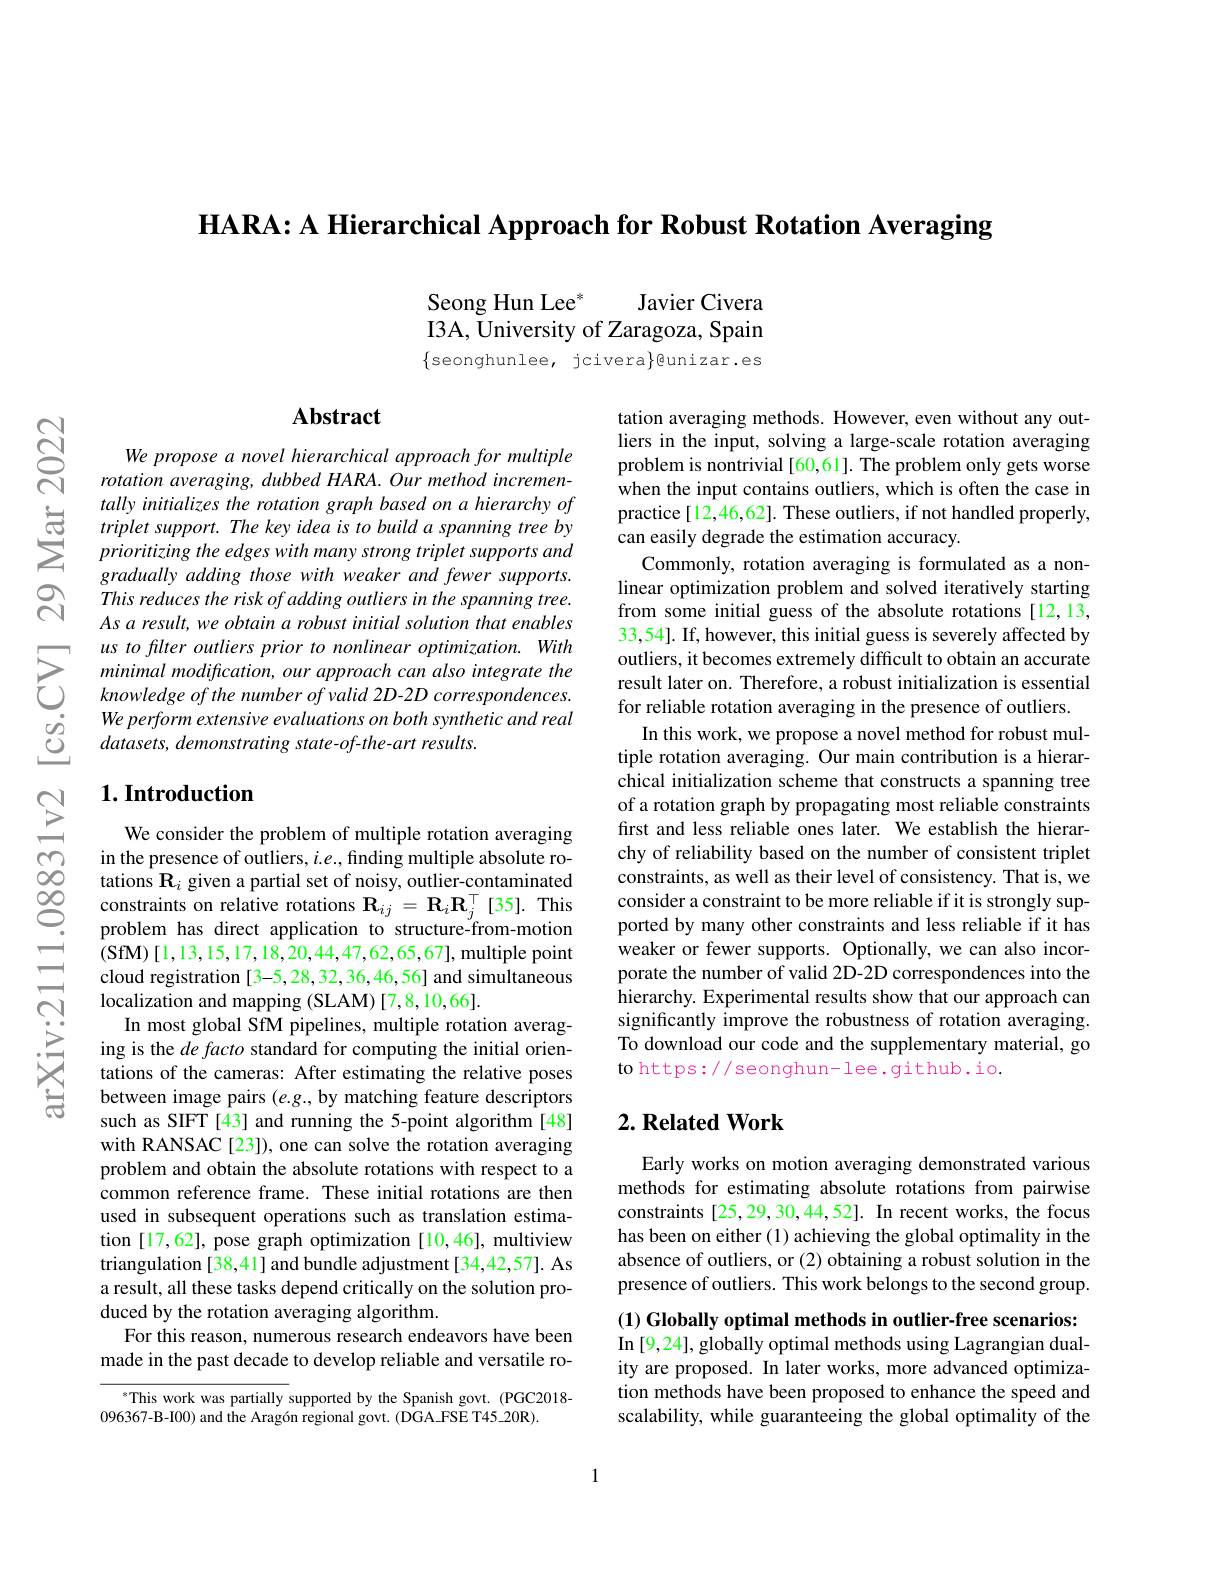
HARA: A Hierarchical Approach for Robust Rotation Averaging

Javier Civera
Seong Hun Lee$^*$
I3A, University of Zaragoza, Spain $\{$seonghunlee, jcivera$\}$@unizar.es

$స్సి$

$ଟ୍ରି$

## $\mathbf{Abstract}$

We propose a novel hierarchical approach for multiple rotation averaging, dubbed HARA. Our method incrementally initializes the rotation graph based on a hierarchy of
taly thittalzes the potalion graph basea on a n herarkhy of practice[ 12, 46, 62] . These outilers, if not h S tripler support. The key idea is to build a panning tree by can easily degrade the estimation accuracy. prioritizing the edges with many stro
This reduces the risk of adding outliers in the spanning tree. As a result, we obtain a robust initial solution that enables
$\sum_{\begin{array}{cc}&\text{us to filter outliers prior to nonlinear optimization.With}\\&\text{minimal modification, our approach can also integrate the}\\&\text{knowledge of the number of valid 2D-2D correspondences.}\end{array}}$ $\begin{array}{ccc}\dot{g}&&\text{We perform extensive evaluations on both synthetic and real}\\\dot{g}&&datasets,demonstrating\text{ state-of-the-art results.}\end{array}$

# 1. Introduction

We consider the problem of multiple rotation averaging in the presence of outliers, $i.e.$, finding multiple absolute rotations $\mathbf{R}_i$ given a partial set of noisy, outlier-contaminated constraints on relative rotations$\mathbf{R} _{ij}= \mathbf{R} _{i}\mathbf{R} _{j}^{\top }[ 35] .$ This problem has direct application to structure- from- motion (SfM) [1,13,15,17,18,20,44,47,62,65,67], multiple point cloud registration [3-5,28,32,36,46,56] and simultaneous localization and mapping (SLAM) [7,8,10,66].
In most global SfM pipelines, multiple rotation averaging is the de facto standard for computing the initial orientations of the cameras: After estimating the relative poses between image pairs $(e.g.$, by matching feature descriptors such as SIFT [43] and running the 5-point algorithm [48] with RANSAC[23]), one can solve the rotation averaging problem and obtain the absolute rotations with respect to a common reference frame. These initial rotations are then used in subsequent operations such as translation estimation [17,62], pose graph optimization [10,46], multiview triangulation [38,41] and bundle adjustment[34,42,57]. As a result, all these tasks depend critically on the solution produced by the rotation averaging algorithm.
For this reason, numerous research endeavors have been made in the past decade to develop reliable and versatile ro-

$^{*}$This work was partially supported by the Spanish govt.(PGC2018-
096367-B-I00) and the Aragón regional govt. (DGA-FSE T45-20R).

tation averaging methods. However, even without any outliers in the input, solving a large-scale rotation averaging problem is nontrivial [60,61]. The problem only gets worse when the input contains outliers, which is often the case in practice[12,46,62]. These outliers, if not handled properly,
Commonly, rotation averaging is formulated as a nonlinear optimization problem and solved iteratively starting from some initial guess of the absolute rotations[12,13, 33,54]. If, however, this initial guess is severely affected by outliers, it becomes extremely difficult to obtain an accurate result later on. Therefore, a robust initialization is essential for reliable rotation averaging in the presence of outliers.
In this work, we propose a novel method for robust multiple rotation averaging. Our main contribution is a hierarchical initialization scheme that constructs a spanning tree of a rotation graph by propagating most reliable constraints first and less reliable ones later. We establish the hierarchy of reliability based on the number of consistent triplet constraints, as well as their level of consistency. That is, we consider a constraint to be more reliable if it is strongly supported by many other constraints and less reliable if it has weaker or fewer supports. Optionally, we can also incorporate the number of valid 2D-2D correspondences into the $\hat{\text{hierarchy. Experimental results show that our approach can}}$ significantly improve the robustness of rotation averaging. To download our code and the supplementary material, go to https://seonghun-lee.github.io.

### $2. \textbf{Related Work}$

Early works on motion averaging demonstrated various methods for estimating absolute rotations from pairwise constraints[25,29,30,44,52]. In recent works, the focus has been on either (1) achieving the global optimality in the absence of outliers, or (2) obtaining a robust solution in the presence of outliers. This work belongs to the second group. (1) Globally optimal methods in outlier-free scenarios: In [9,24], globally optimal methods using Lagrangian duality are proposed. In later works, more advanced optimization methods have been proposed to enhance the speed and scalability, while guaranteeing the global optimality of the

1